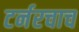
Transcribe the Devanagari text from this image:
टर्नरचाच